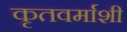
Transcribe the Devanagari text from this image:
कृतवर्माशी